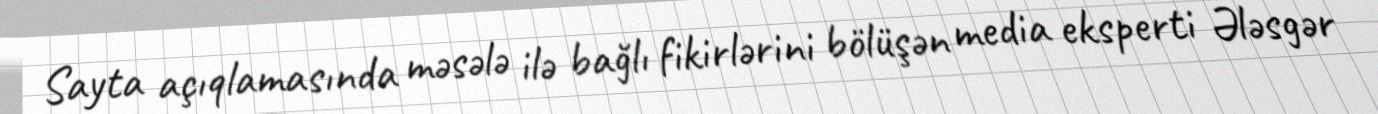
Sayta açıqlamasında məsələ ilə bağlı fikirlərini bölüşən media eksperti Ələsgər